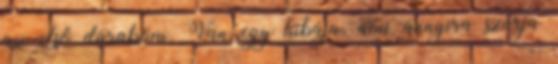
az első darabom. Van egy hibája, ami annyira szúrja